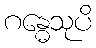
ဂန္ဓေသုပိ